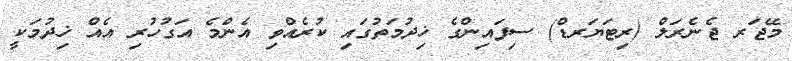
މޭޖަރ ޖެނެރަލް (ރިޓަޔަރޑް) ސިފައިންގެ ޚިދުމަތުގައި ކުރެއްވި އެންމެ އަގުހުރި އެއް ޚިދުމަކީ